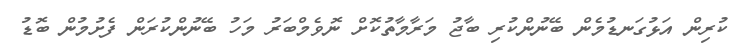
ކުރިން އަޅުގަނޑުމެން ބޭނުންކުރި ބާޖު މަރާމާތުކޮށް ނޮވެމްބަރު މަހު ބޭނުންކުރަން ފެށުމުން ބޮޑު